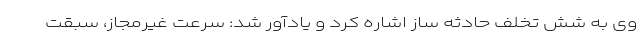
وی به شش تخلف حادثه ساز اشاره کرد و یادآور شد: سرعت غیرمجاز، سبقت